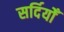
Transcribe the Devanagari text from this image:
सर्दियोँ